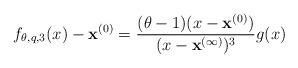
LaTeX: \begin{align*}f_{\theta,q,3}(x)-\mathbf{x}^{(0)} =\frac{(\theta-1)(x-\mathbf{x}^{(0)})}{(x-\mathbf{x}^{(\infty)})^3}g(x)\end{align*}